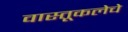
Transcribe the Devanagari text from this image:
वास्तूकलेचे